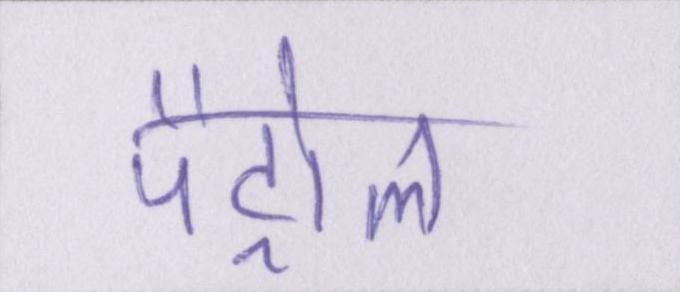
पैट्रोल